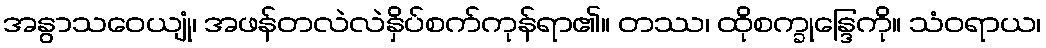
အနွာသဝေယျုံ၊ အဖန်တလဲလဲနှိပ်စက်ကုန်ရာ၏။ တဿ၊ ထိုစက္ခုန္ဒြေကို။ သံဝရာယ၊